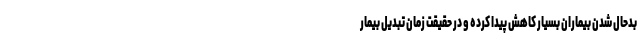
بدحال شدن بیماران بسیار کاهش پیدا کرده و در حقیقت زمان تبدیل بیمار